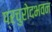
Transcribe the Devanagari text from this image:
प्रचुरोदभवन